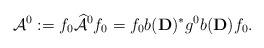
LaTeX: \begin{align*}\mathcal{A}^0 := f_0 \widehat{\mathcal{A}}^0 f_0 = f_0 b(\mathbf{D})^* g^0 b(\mathbf{D}) f_0.\end{align*}